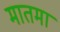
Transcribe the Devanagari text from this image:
मातमा